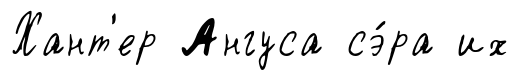
Хант'ер Ангуса сэ́ра их